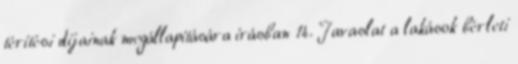
térítési díjainak megállapítására írásban 14. Javaslat a lakások bérleti